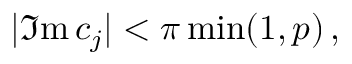
| \Im \mathrm { m } \, c _ { j } | < \pi \operatorname * { m i n } ( 1 , p ) \, ,